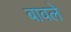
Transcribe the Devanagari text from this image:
बावले